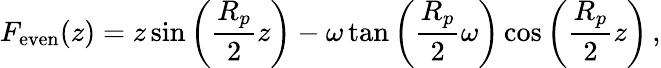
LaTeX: F_{\mathrm{even}}(z)=z\sin\left(\frac{R_{p}}{2}z\right)-\omega\tan\left(\frac{R_{p}}{2}\omega\right)\cos\left(\frac{R_{p}}{2}z\right)\, ,